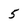
Character: 5